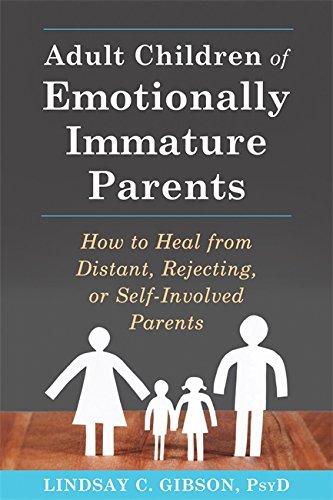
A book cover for Adult Children of Emotionally Immature Parents: How to Heal from Distant, Rejecting, or Self-Involved Parents; Lindsay C. Gibson PsyD; Parenting & Relationships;